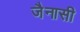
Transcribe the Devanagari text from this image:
जैनासी